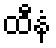
ထီနံ